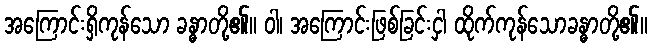
အကြောင်းရှိကုန်သော ခန္ဓာတို့၏။ ဝါ၊ အကြောင်းဖြစ်ခြင်းငှါ ထိုက်ကုန်သောခန္ဓာတို့၏။